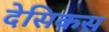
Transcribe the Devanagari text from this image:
देसिकस